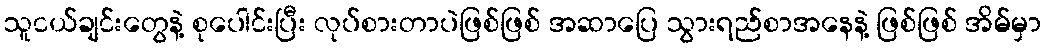
သူငယ်ချင်းတွေနဲ့ စုပေါင်းပြီး လုပ်စားတာပဲဖြစ်ဖြစ် အဆာပြေ သွားရည်စာအနေနဲ့ ဖြစ်ဖြစ် အိမ်မှာ